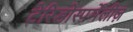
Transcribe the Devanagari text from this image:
टेरिडोस्पर्मेंलीज़